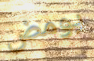
يومض